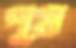
পুষ